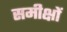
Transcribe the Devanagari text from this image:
समीक्षों